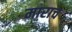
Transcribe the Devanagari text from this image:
माराच